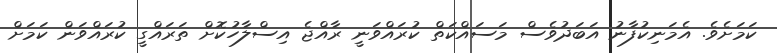
ކަމަށެވެ. އެމަނިކުފާނު އަބަދުވެސް މަސައްކަތް ކުރައްވަނީ ރާއްޖެ އިސްލާހުކޮށް ތަރައްގީ ކުރައްވަން ކަމަށް